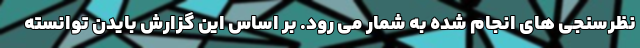
نظرسنجی های انجام شده به شمار می رود. بر اساس این گزارش بایدن توانسته